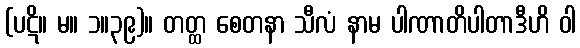
(ပဋိ။ မ။ ၁။၃၉)။ တတ္ထ စေတနာ သီလံ နာမ ပါဏာတိပါတာဒီဟိ ဝါ